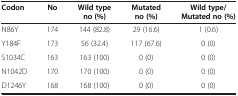
| Codon | No | Wild type no (%) | Mutated no (%) | Wild type/ Mutated no (%) |
 | --- | --- | --- | --- | --- |
 | N86Y | 174 | 144 (82.8) | 29 (16.6) | 1 (0.6) |
 | Y184F | 173 | 56 (32.4) | 117 (67.6) | 0 (0) |
 | S1034C | 163 | 163 (100) | 0 (0) | 0 (0) |
 | N1042D | 170 | 170 (100) | 0 (0) | 0 (0) |
 | D1246Y | 168 | 168 (100) | 0 (0) | 0 (0) |